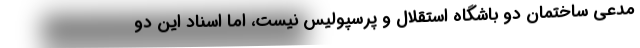
مدعی ساختمان دو باشگاه استقلال و پرسپولیس نیست، اما اسناد این دو